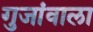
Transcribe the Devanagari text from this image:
गुजांवाला